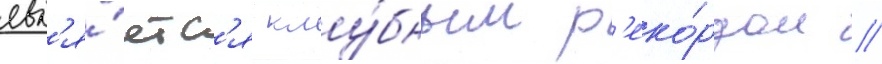
явл'я́етс'я клу́бным р'еко́рдом //